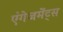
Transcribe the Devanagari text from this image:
एंगेजमेंट्स